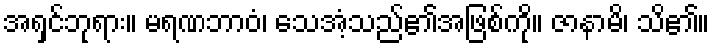
အရှင်ဘုရား။ မရဏဘာဝံ၊ သေအံ့သည်၏အဖြစ်ကို။ ဇာနာမိ၊ သိ၏။